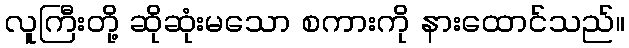
လူကြီးတို့ ဆိုဆုံးမသော စကားကို နားထောင်သည်။